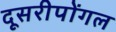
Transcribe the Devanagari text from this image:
दूसरीपोंगल